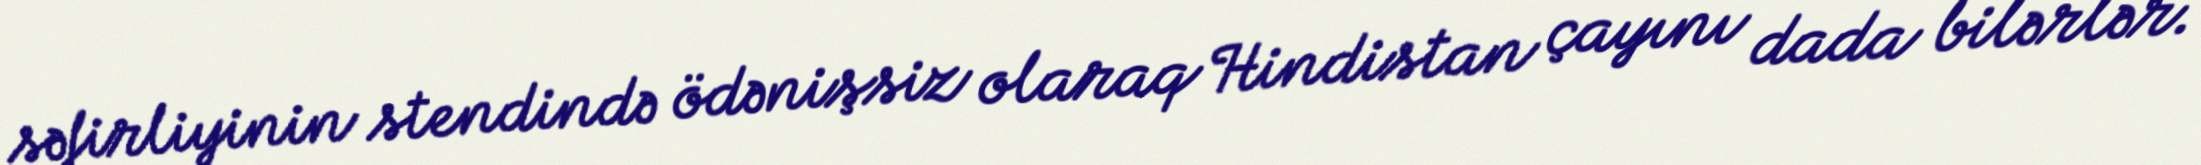
səfirliyinin stendində ödənişsiz olaraq Hindistan çayını dada bilərlər.